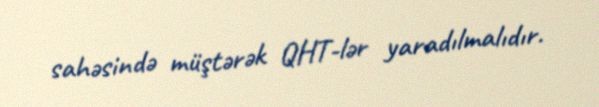
sahəsində müştərək QHT-lər yaradılmalıdır.